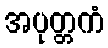
အပုတ္တကံ